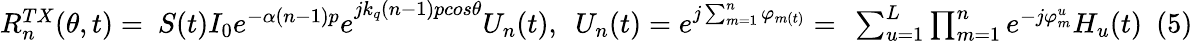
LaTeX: \begin{array}{r}{R_{n}^{TX}(\theta,t)=\ S(t){I_{0}e^{-\alpha(n-1)p}e}^{jk_{q}(n-1)pcos\theta}U_{n}(t),\ \ {U_{n}(t)=e}^{j\sum_{m=1}^{n}\varphi_{m(t)}}=\ \sum_{u=1}^{L}{\prod_{m=1}^{n}e^{-j\varphi_{m}^{u}}H_{u}(t)}\ \ (5)}\end{array}